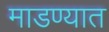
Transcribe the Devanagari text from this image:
माडण्यात